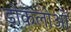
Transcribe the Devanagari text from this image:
डोकलोओ